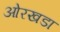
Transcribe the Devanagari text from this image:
ओरखडा